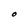
Character: O